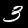
Digit: 3